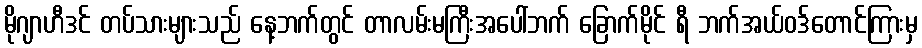
မိုဂျာဟီဒင် တပ်သားများသည် နေ့ဘက်တွင် တာလမ်းမကြီးအပေါ်ဘက် ခြောက်မိုင် ရီ ဘက်အယ်ဝဒ်တောင်ကြားမှ